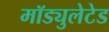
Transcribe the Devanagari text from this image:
मॉड्युलेटेड